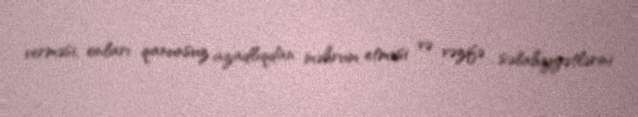
verməsi, onları qanunsuz azadlıqdan məhrum etməsi və vəzifə səlahiyyətlərini